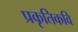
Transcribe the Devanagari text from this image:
प्रकृतिकवि